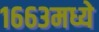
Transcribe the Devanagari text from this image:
१६६३मध्ये